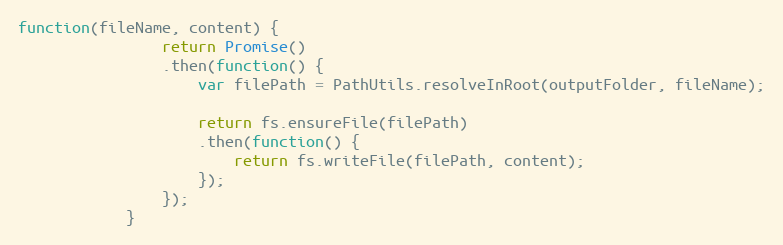
Language: JavaScript
function(fileName, content) {
                return Promise()
                .then(function() {
                    var filePath = PathUtils.resolveInRoot(outputFolder, fileName);

                    return fs.ensureFile(filePath)
                    .then(function() {
                        return fs.writeFile(filePath, content);
                    });
                });
            }